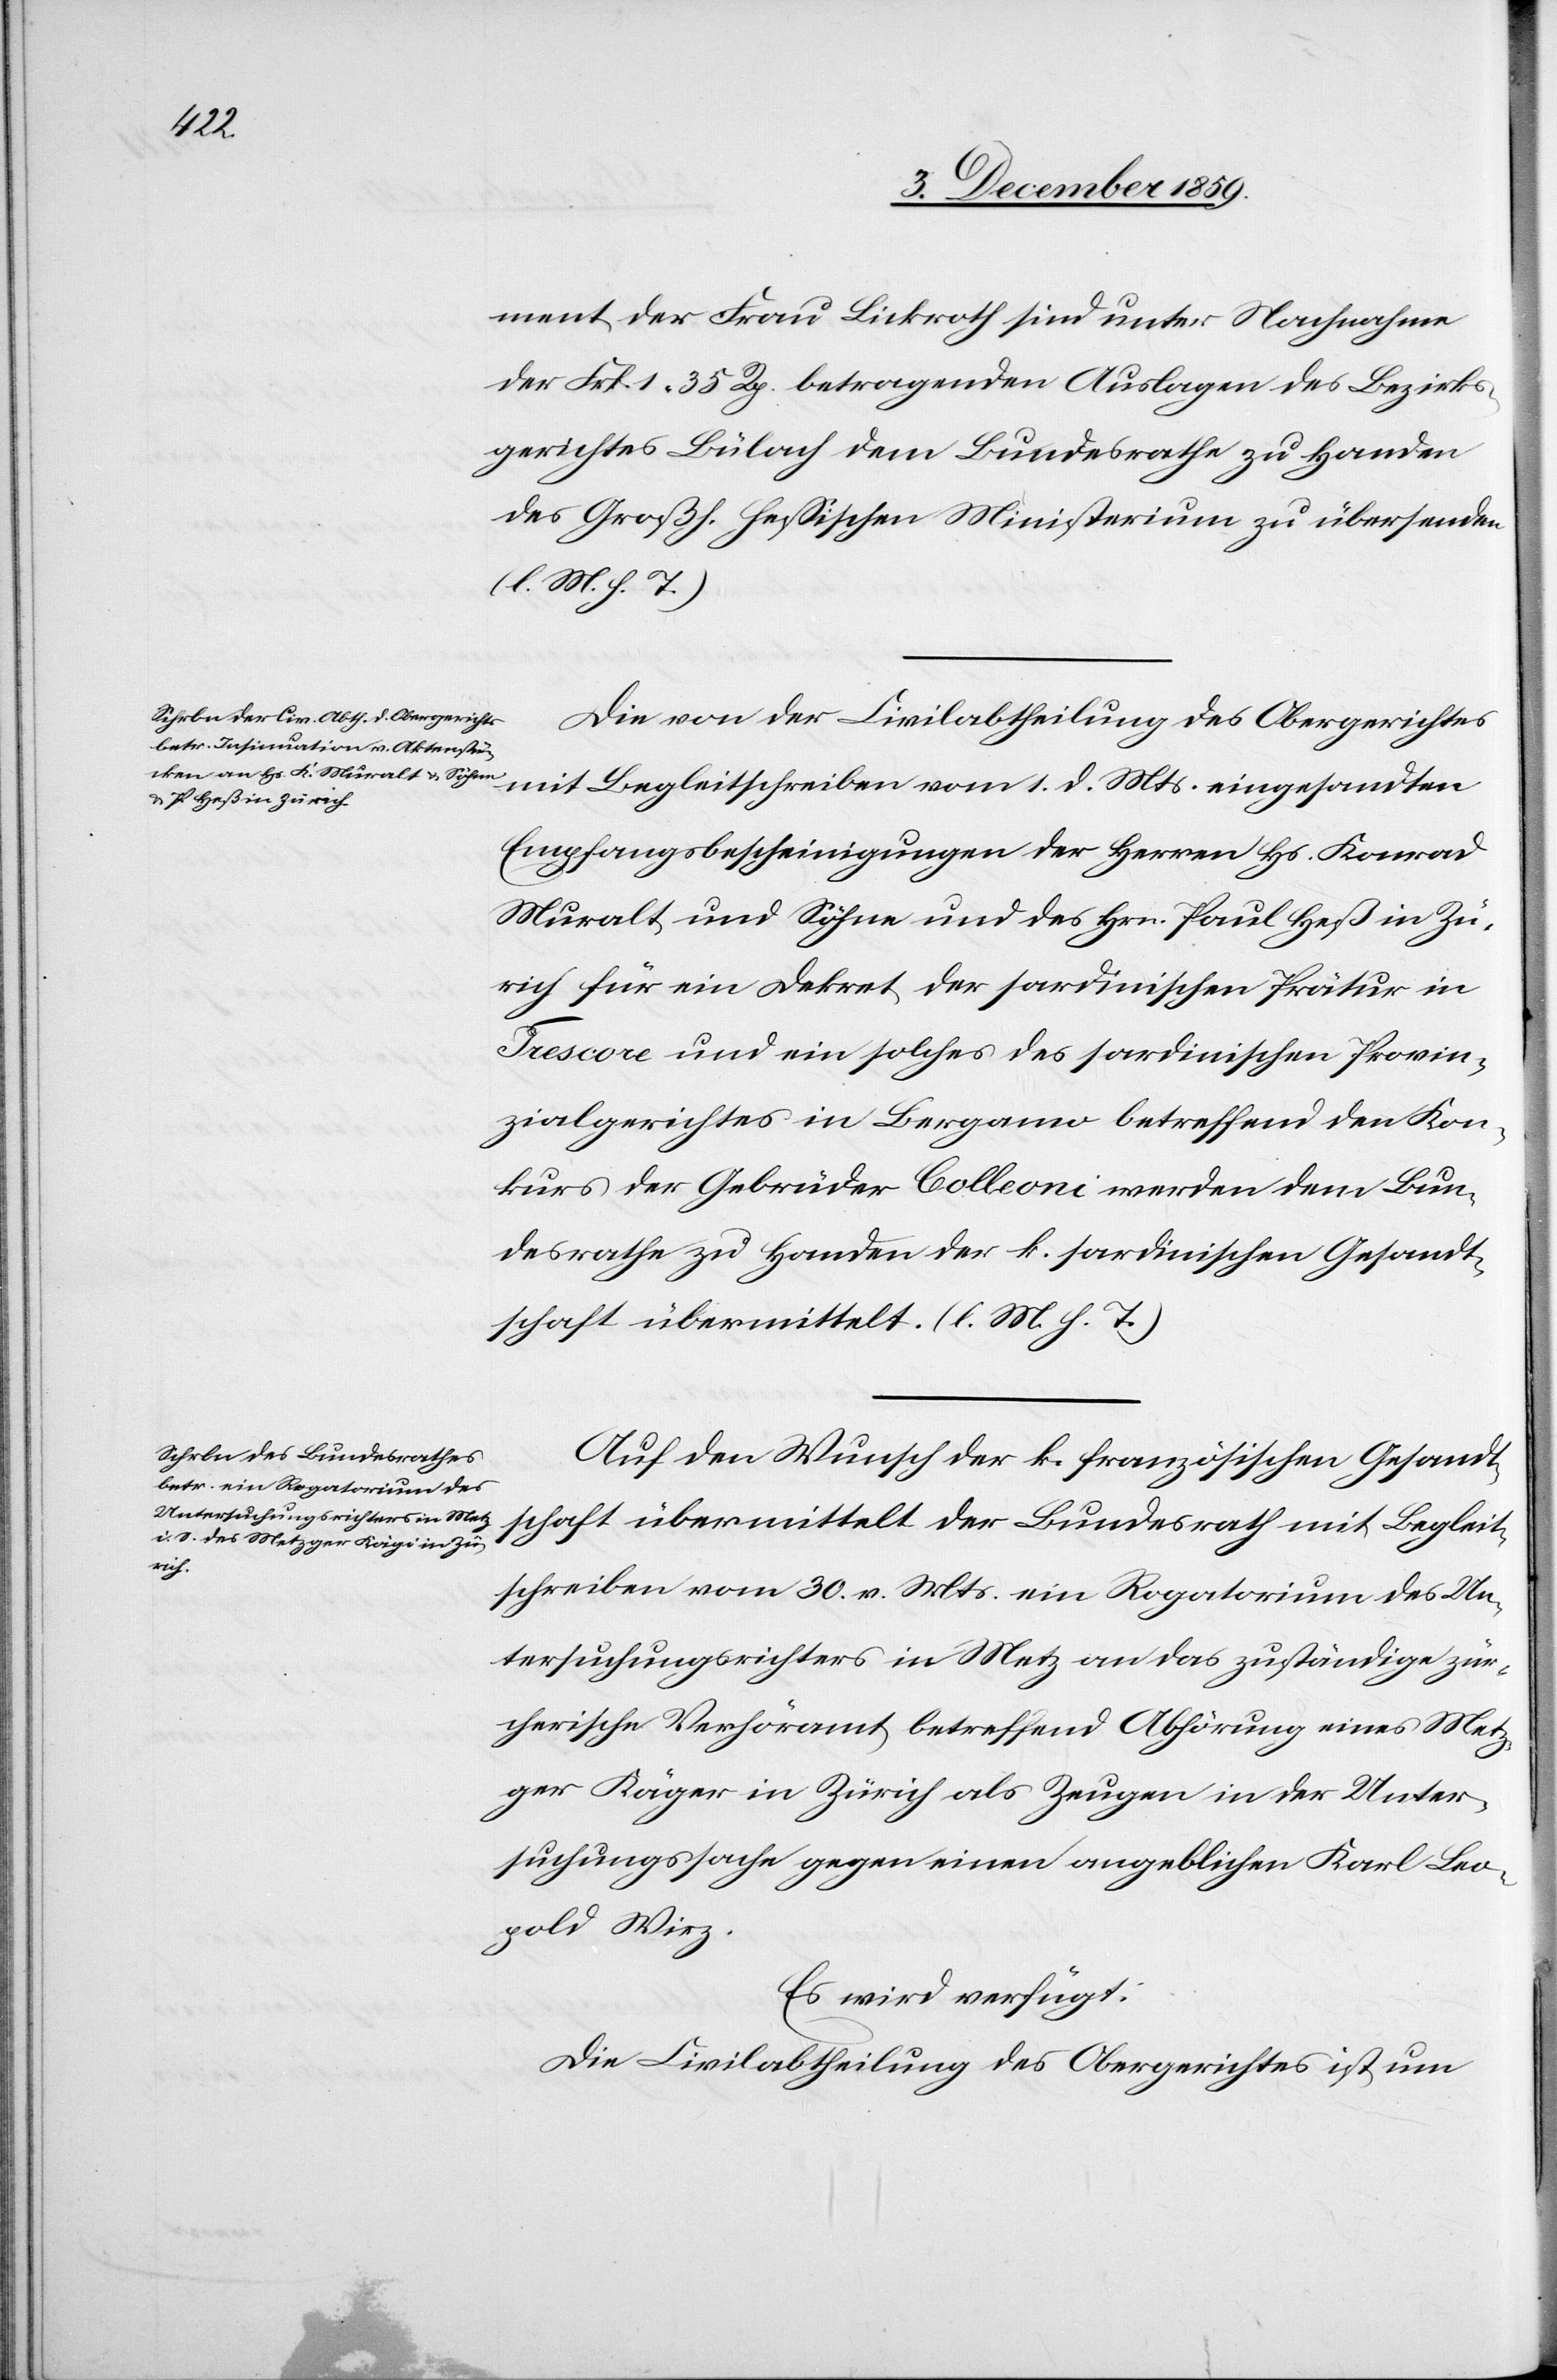
Mts.
5. December 1859.]
ment der Frau Lickroth sind unter Nachnahme
der Frk. 1 35 Rp. betragenden Auslagen des Bezirks¬
gerichtes Bülach dem Bundesrathe zu Handen
des Großh. hessischen Ministeriums zu übersenden
(l. M. h. T.)
Die von der Civilabtheilung des Obergerichtes
Empfangsbescheinigungen der Herren Hs. Konrad
Muralt und Söhne und des Hrn. Paul Heß in Zü¬
rich für ein Dekret der sardinischen Prätur in
Trescore und ein solches des sardinischen Provin¬
zialgerichtes in Bergamo betreffend den Kon¬
kurs der Gebrüder Colleoni werden dem Bun¬
desrathe zu Handen der k. sardinischen Gesandt¬
schaft übermittelt. (l. M. h. T.)
Auf den Wunsch der k. französischen Gesandt¬
schaft übermittelt der Bundesrath mit Begleit¬
schreiben vom 30. v. Mts. ein Rogatorium des Un¬
tersuchungsrichters in Metz an das zuständige zür¬
cherische Verhöramt betreffend Abhörung eines Metz¬
ger Käger [sic!] in Zürich als Zeugen in der Unter¬
suchungssache gegen einen angeblichen Karl Leo¬
pold Wirz.
Es wird verfügt:
Die Civilabtheilung des Obergerichtes ist um